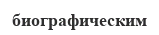
биографическим